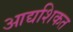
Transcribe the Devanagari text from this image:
आद्यशिकत